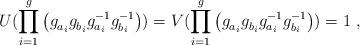
LaTeX: \begin{align*}U(\prod_{i=1}^{g} \left(g_{a_i}^{~} g_{b_i}^{~} g_{a_i}^{-1} g_{b_i}^{-1}\right)) =V(\prod_{i=1}^{g} \left(g_{a_i}^{~} g_{b_i}^{~} g_{a_i}^{-1} g_{b_i}^{-1}\right)) =1~,\end{align*}